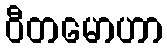
ဝီတမောဟာ